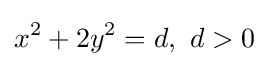
x^{2}+2y^{2}=d,\ d>0\